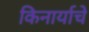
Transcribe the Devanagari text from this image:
किनार्याचे